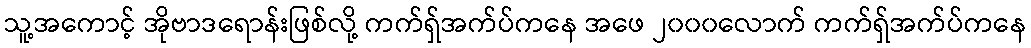
သူ့အကောင့် အိုဗာဒရောန်းဖြစ်လို့ ကက်ရှ်အက်ပ်ကနေ အဖေ ၂၀၀၀လောက် ကက်ရှ်အက်ပ်ကနေ